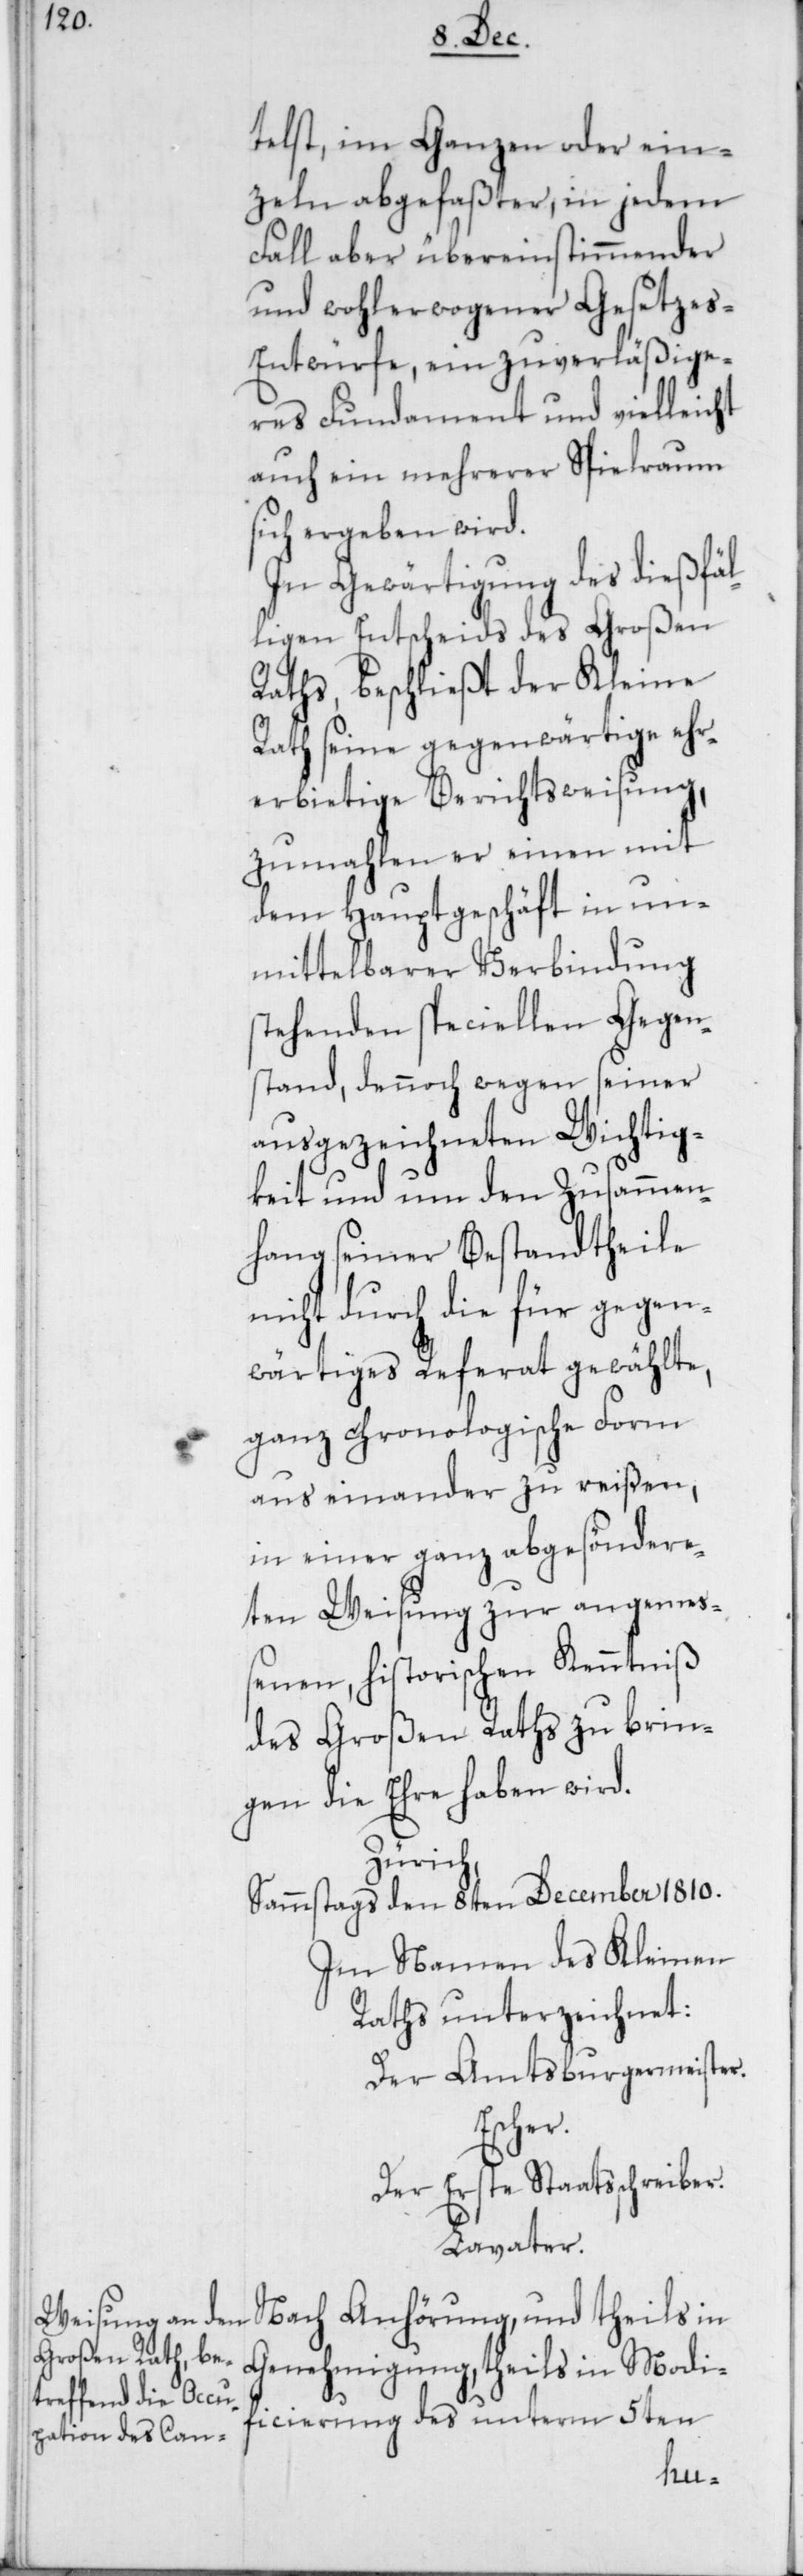
telst, im Ganzen oder ein¬
zeln abgefaßter, in jedem
Fall aber übereinstimmender
und wohlerwogener Gesetzes-E¬
ntwürfe, ein zuverläßige¬
res Fundament und vielleicht
auch ein mehrerer Spielraum
sich ergeben wird.
In Gewärtigung des dießfäl¬
ligen Entscheids des Großen
Raths, beschließt der Kleine
Rath seine gegenwärtige ehr¬
erbietige Berichtsweisung,
zumahlen er einen mit
dem Hauptgeschäft in un¬
mittelbarer Verbindung
stehenden speciellen Gegen¬
stand, dennoch wegen seiner
ausgezeichneten Wichtig¬
keit und um den Zusammen¬
hang seiner Bestandtheile
nicht durch die für gegen¬
wärtiges Referat gewählte,
ganz chronologische Form
aus einander zu reißen,
in einer ganz abgesöndere¬
ten Weisung zur angemeß¬
enen, historischen Kenntniß
des Großen Raths zu brin¬
gen die Ehre haben wird.
Zürich,
Sammstags den 8ten December 1810.
Im Namen des Kleinen
Raths unterzeichnet:
Der Amtsburgermeister.
Escher.
Der erste Staatsschreiber.
Lavater.
Nach Anhörung, und theils in
Genehmigung, theils in Modi¬
ficierung des unterm 5ten